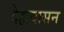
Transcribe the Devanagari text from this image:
देहावासन